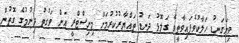
ވިނަގަނޑު ހަލާކުވެފައިވާތީވެ ގަލޮޅު ދަނޑު ތައްޔާރުކުރުމަށް މިނިސްޓްރީ އަށް ވަގުތު ދިނުމުގެ ގޮތުން